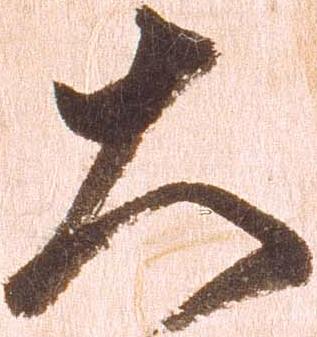
大